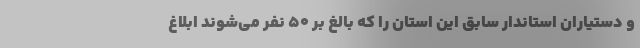
و دستیاران استاندار سابق این‌ استان را که بالغ بر ۵۰ نفر می‌شوند ابلاغ